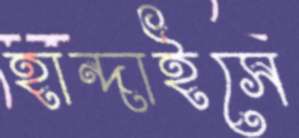
হান্দাইসে